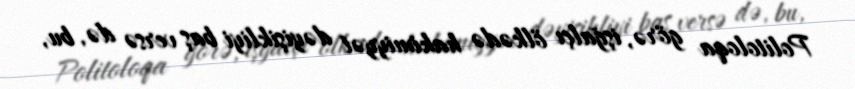
Politoloqa görə, işğalçı ölkədə hakimiyyət dəyişikliyi baş versə də, bu,